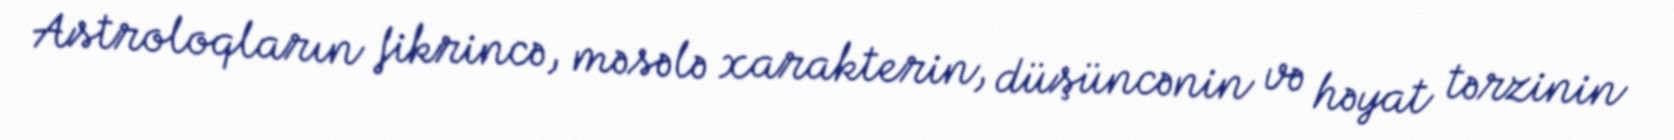
Astroloqların fikrincə, məsələ xarakterin, düşüncənin və həyat tərzinin